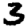
Digit: 3